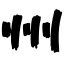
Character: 州